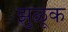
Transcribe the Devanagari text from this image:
झुळूक